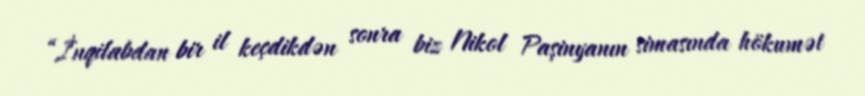
“İnqilabdan bir il keçdikdən sonra biz Nikol Paşinyanın simasında hökumət